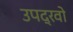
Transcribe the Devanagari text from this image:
उपद्रवो